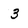
Character: 3